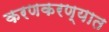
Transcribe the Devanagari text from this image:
करणकरण्यात